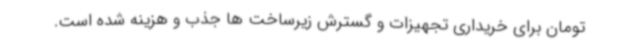
تومان برای خریداری تجهیزات و گسترش زیرساخت ها جذب و هزینه شده است.